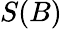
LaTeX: S(B)